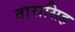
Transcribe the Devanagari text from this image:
तारासिह